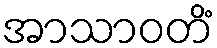
အာသာဝတိံ